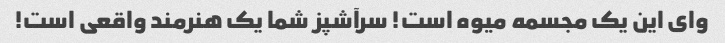
وای این یک مجسمه میوه است! سرآشپز شما یک هنرمند واقعی است!